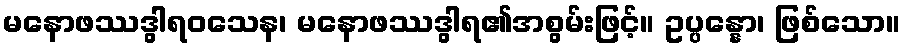
မနောဖဿဒွါရဝသေန၊ မနောဖဿဒွါရ၏အစွမ်းဖြင့်။ ဥပ္ပန္နော၊ ဖြစ်သော။